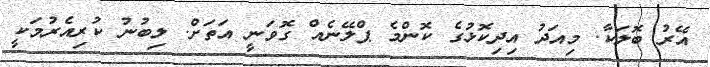
އޭރު ބޮލަކާ. މިއަދު އިދިކޮޅުގެ ކޮންމެ ޕްލޭނެއް ގޮވަނީ އަތަށް. ލިބުނު ކުރިއެރުމަކީ